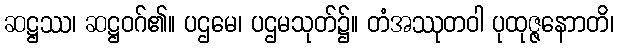
ဆဋ္ဌဿ၊ ဆဋ္ဌဝဂ်၏။ ပဌမေ၊ ပဌမသုတ်၌။ တံအဿုတဝါ ပုထုဇ္ဇနောာတိ၊